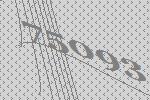
75093